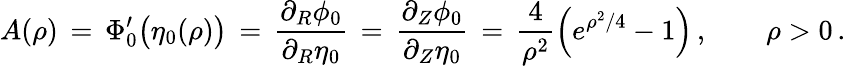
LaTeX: A(\rho)\, =\, \Phi_{0}^{\prime}\bigl(\eta_{0}(\rho)\bigr)\, =\, \frac{\partial_{R}\phi_{0}}{\partial_{R}\eta_{0}}\, =\, \frac{\partial_{Z}\phi_{0}}{\partial_{Z}\eta_{0}}\, =\, \frac{4}{\rho^{2}}\Bigl(e^{\rho^{2}/4}-1\Bigr)\, ,\qquad\rho>0\, .